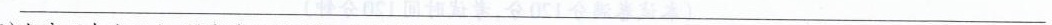
___